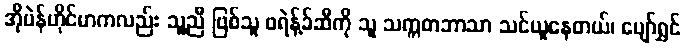
အိုပဲန်ဟိုင်မာကလည်း သူ့ညီ ဖြစ်သူ ဖရဲန့်ခ်ဆီကို သူ သက္ကတဘာသာ သင်ယူနေတယ်၊ ပျော်ရွှင်